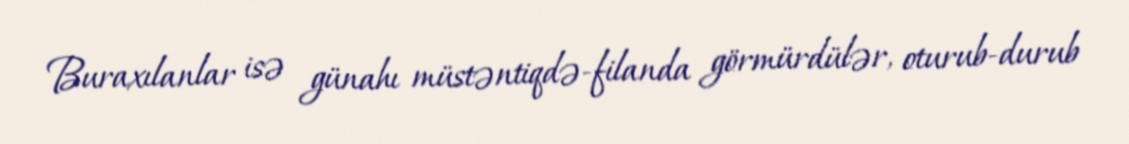
Buraxılanlar isə günahı müstəntiqdə-filanda görmürdülər, oturub-durub